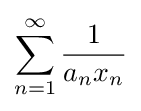
\sum _{n=1}^{\infty }{\frac {1}{a_{n}x_{n}}}